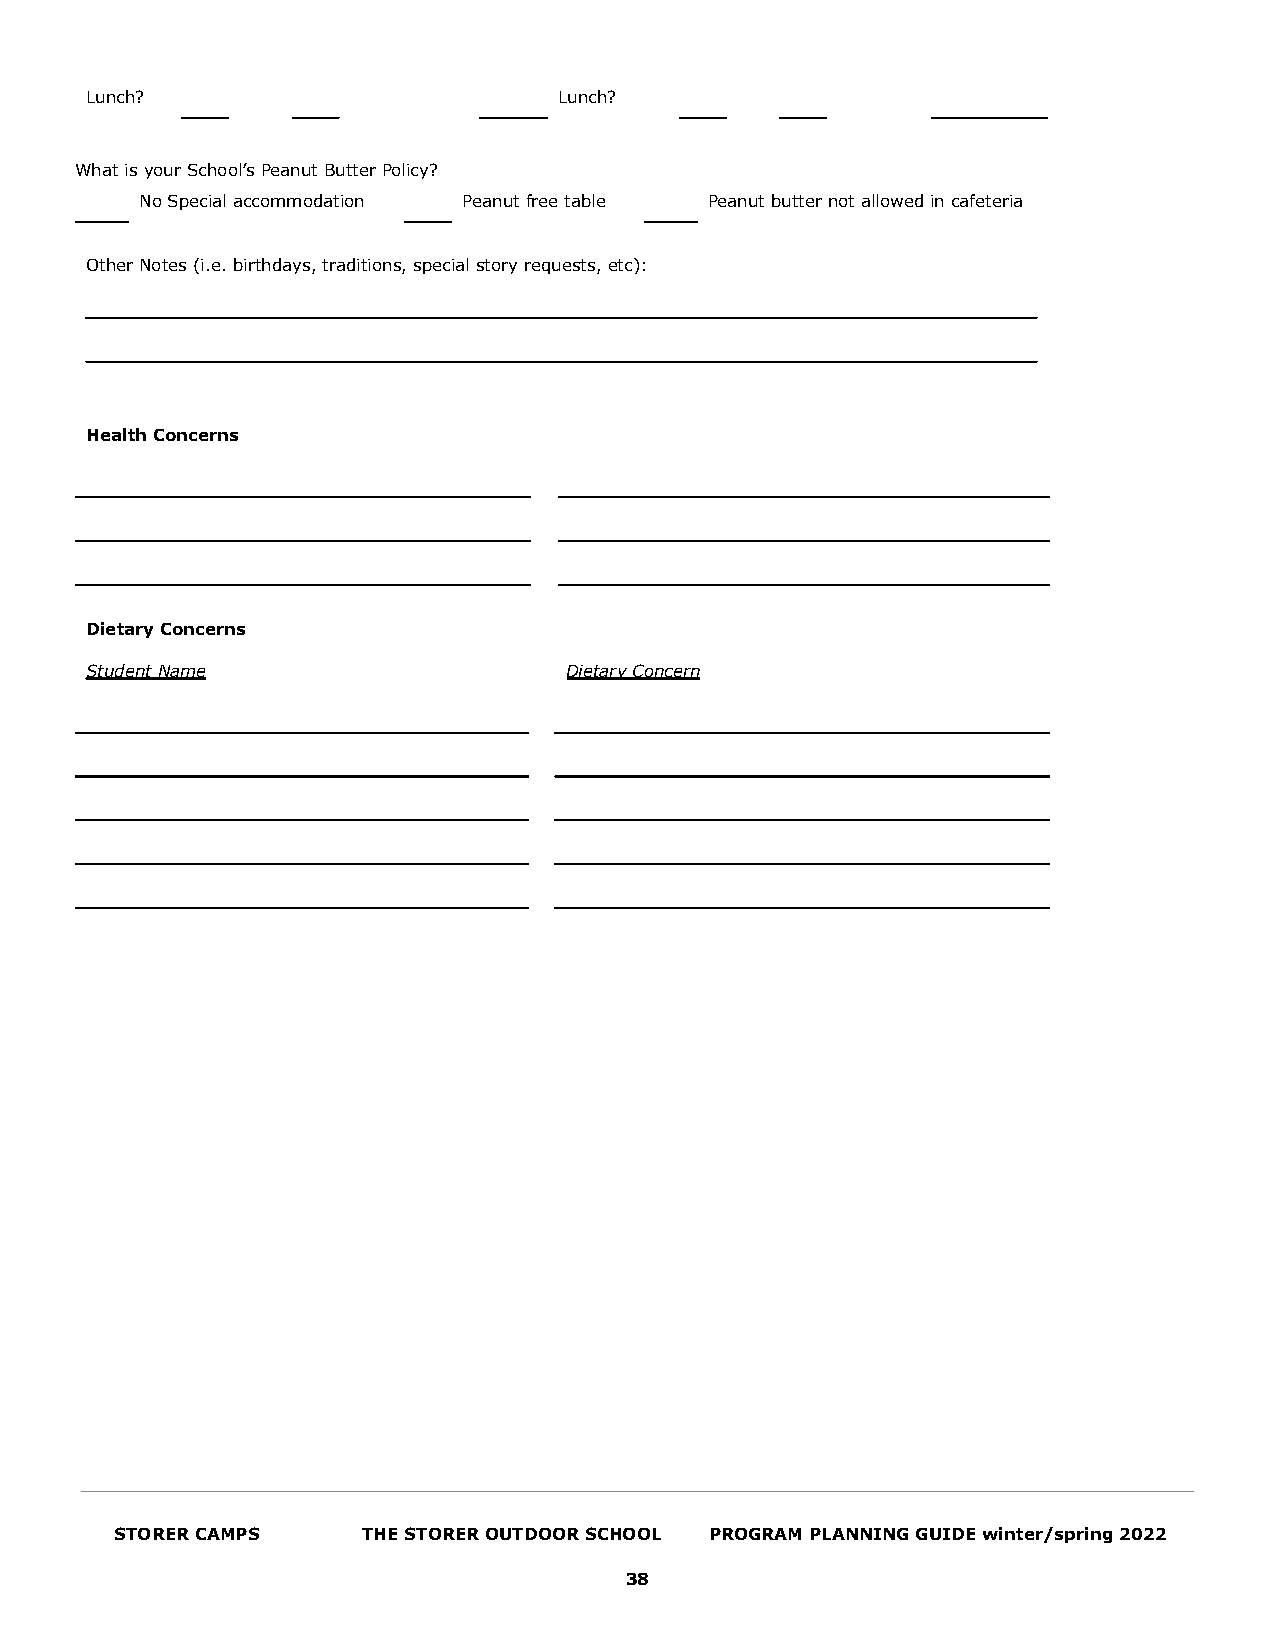
Lunch?                         Lunch?
 What is your School’s Peanut Butter Policy?
 No Special accommodation Peanut free table Peanut butter not allowed in cafeteria
 Other Notes (i.e. birthdays, traditions, special story requests, etc):
 Health Concerns
 Dietary Concerns
 Student Name                   Dietary Concern
 STORER CAMPS    THE STORER OUTDOOR SCHOOL PROGRAM PLANNING GUIDE winter/spring 2022
 38